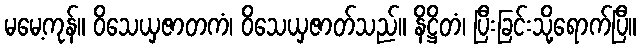
မမေ့ကုန်။ ဝိသေယှဇာတကံ၊ ဝိသေယှဇာတ်သည်။ နိဋ္ဌိတံ၊ ပြီးခြင်းသို့ရောက်ပြီ။